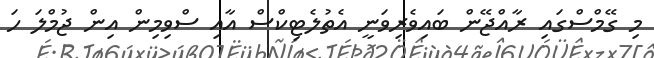
މި ގޭމްސްގައި ރާއްޖޭން ބައިވެރިވަނީ އެތުލެޓިކްސް އާއި ސްވިމިން އިން ޖުމްލަ ހަ